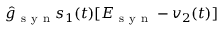
\hat { g } _ { \mathrm { ~ s ~ y ~ n ~ } } s _ { 1 } ( t ) [ E _ { \mathrm { ~ s ~ y ~ n ~ } } - v _ { 2 } ( t ) ]